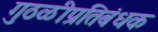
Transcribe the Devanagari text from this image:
गुठळीप्रतिबंधक